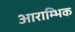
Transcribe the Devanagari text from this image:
आराम्भिक